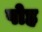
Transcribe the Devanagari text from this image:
पोह